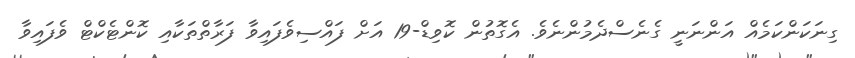
ގިނަކަންކަމެއް އަންނަނީ ގެނެސްދެމުންނެވެ. އެގޮތުން ކޮވިޑް-19 އަށް ފައްސިވެފައިވާ ފަރާތްތަކާއި ކޮންޓެކްޓް ވެފައިވާ